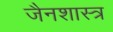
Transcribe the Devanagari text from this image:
जैनशास्त्र